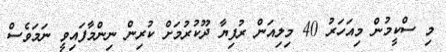
މި ސްކީމުން މިއަހަރު 40 މިލިއަން ރުފިޔާ ދޫކުރުމަށް ކުރިން ނިންމާފައިވީ ނަމަވެސް